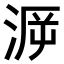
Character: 𣶮